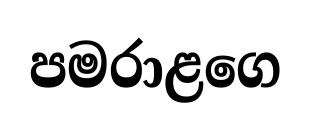
පමරාළගෙ